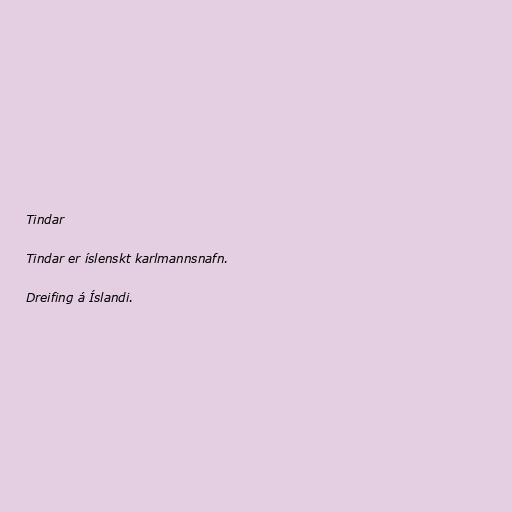
Tindar

Tindar er íslenskt karlmannsnafn.

Dreifing á Íslandi.